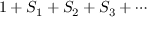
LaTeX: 1 + S _ { 1 } + S _ { 2 } + S _ { 3 } + \cdots